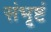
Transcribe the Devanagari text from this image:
संभृष्टं